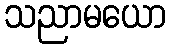
သညာမယော